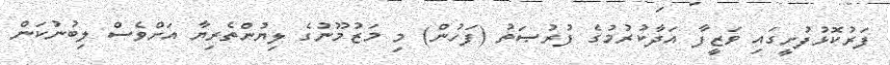
ފަރުކޮޅުފުށީގައި ވަޒީފާ އަދާކުރުމުގެ ފުރުޞަތު (ފަހުން) މި މަޒުމޫނުގެ ލިޔުންތެރިޔާ އަށްވެސް ލިބުނުކަން